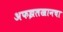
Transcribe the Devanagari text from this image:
अफझलखानचा